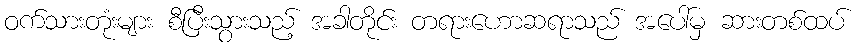
ဝက်သားတုံးများ စီပြီးသွားသည့် အခါတိုင်း တရားဟောဆရာသည် အပေါ်မှ ဆားတစ်ထပ်